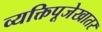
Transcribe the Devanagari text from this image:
व्यक्तिपूजेखातर